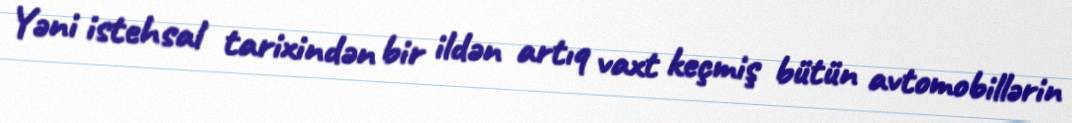
Yəni istehsal tarixindən bir ildən artıq vaxt keçmiş bütün avtomobillərin